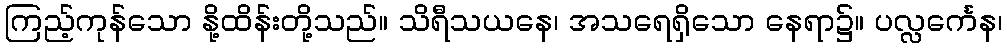
ကြည့်ကုန်သော နို့ထိန်းတို့သည်။ သိရီသယနေ၊ အသရေရှိသော နေရာ၌။ ပလ္လင်္ကေန၊